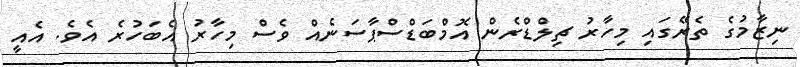
ނިޒާމުގެ ތެރޭގައި މިހާރު ޗިލްޑްރެން އޮމްބަޑްސްޕާސަނެއް ވެސް މިހާރު އެބަހުރެ އެވެ. އެއީ